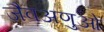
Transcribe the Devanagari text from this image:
जैवअणुओं